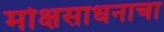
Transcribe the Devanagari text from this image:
मोक्षसाधनाचा